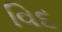
વિદ